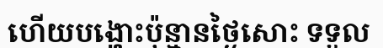
ហើយបង្ហោះប៉ុន្មានថ្ងៃសោះ ទទួល